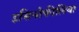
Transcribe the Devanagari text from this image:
इसिनोफीलिया